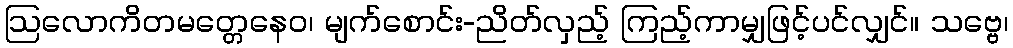
ဩလောကိတမတ္တေနေဝ၊ မျက်စောင်း-ညိတ်လှည့် ကြည့်ကာမျှဖြင့်ပင်လျှင်။ သဗ္ဗေ၊